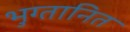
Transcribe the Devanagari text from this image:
भुग्तानित